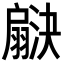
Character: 𬚇